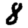
Digit: 8